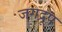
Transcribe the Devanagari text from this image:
जगद्रूप